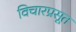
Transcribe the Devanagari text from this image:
विचारप्रसूत